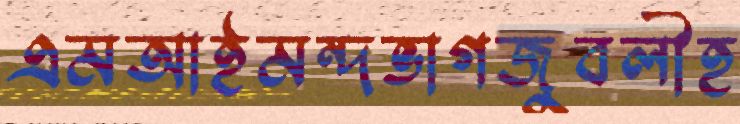
এমআইমন্দভাগজুবলীহ